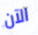
الآن